system: You are a helpful assistant.
user:
Analyze the provided spectrum to determine if it is a **White Dwarf (WD)**.

A White Dwarf spectrum is defined by its **extreme purity** (due to gravitational settling) and/or **extreme pressure broadening** (due to high surface gravity). You must check for one of the following mutually exclusive signatures:

- **Key Visual Indicators (Check for ONE of these types):**

    - **1. DA-Type Signature (Most Common):**
        - **(Primary Feature):** Extreme pressure broadening (Stark broadening) of the **Hydrogen (H) Balmer lines**.
        - **(Key Lines):** $H\beta$ (approx. $4861$ Å) and $H\gamma$ (approx. $4340$ Å). $H\alpha$ (approx. $6563$ Å) will also be present if the wavelength range covers it.
        - **(Line Profile):** This is the **defining feature**. The lines are **NOT** sharp. They appear as massive, **extremely broad and deep "troughs" or "dips"** in the spectrum, often hundreds of Ångströms wide. The continuum will appear to "scoop" down at these wavelengths.
        - **(Distinction):** Normal A-type or B-type stars have *narrow* and *sharp* Hydrogen lines. A DA White Dwarf's lines are unmistakably "smeared" or "blurry" from pressure.

    - **2. DB-Type Signature:**
        - **(Primary Feature):** Broad absorption lines from **Neutral Helium (He I)**. The spectrum must lack any visible Hydrogen lines.
        - **(Key Lines):** Look for broad absorption near $4471$ Å, $4921$ Å, and $5876$ Å.
        - **(Line Profile):** These lines are also significantly pressure-broadened, appearing much wider than they would in a normal B-type main-sequence star.

    - **3. DC-Type Signature:**
        - **(Primary Feature):** A **featureless continuous spectrum**.
        - **(Line Profile):** The spectrum is a smooth curve with **no significant absorption or emission lines**.
        - **(Key Confirmation):** The continuum is almost always **blue or white**, indicating a hot object. This signature implies the atmosphere is so pure (or so cool) that no spectral lines are visible in the optical range. Its WD identity is confirmed by its extremely low intrinsic brightness (high absolute magnitude).

    - **4. DZ-Type Signature (Metal-Polluted):**
        - **(Primary Feature):** **Isolated, narrow metal absorption lines** on an otherwise featureless (DC-like) continuum.
        - **(Key Lines):** The **Calcium (Ca II) H & K doublet** (approx. **$3934$ Å** and **$3968$ Å**) is the most common and defining feature.
        - **(Line Profile):** These lines are "out of place." They are *not* part of a "forest" of thousands of lines. This signature is evidence of recent *accretion* (pollution) from rocky debris.
        - **(Distinction):** Normal G/K/M stars have a *dense forest* of thousands of metal lines. A DZ has a *clean* continuum with *only a few* strong metal lines.

    - **5. DQ-Type Signature (Carbon-Polluted):**
        - **(Primary Feature):** Absorption bands from **Carbon (C₂ "Swan Bands" or atomic C I)**.
        - **(Key Lines - C₂):** Look for bandheads with a "saw-tooth" shape near $5635$ Å, **$5165$ Å** (strongest), and $4737$ Å.
        - **(Key Confirmation):** The underlying **continuum must be blue or white** (hot).
        - **(Distinction):** This is the critical difference from a **Carbon Star**, which has the *exact same* C₂ bands but on an extremely **red, cool** continuum.

- **(Overall Spectrum):**
    - The continuum (overall shape) is typically **blue-sloping** (brighter in the blue than the red), as most white dwarfs are very hot.
    - The spectrum will look "pure" or "simple," dominated by only *one* of the five signatures listed above.

Think first, call **spectral_visualization_tool** if needed to examine features in detail, then provide your final answer. Your response must adhere to the following strict rules:
1.  **Overall Structure:** Your response must follow the format `<think>...</think> <tool_call>...</tool_call> (if a tool is used) <answer>...</answer>`.
2.  **Tool Usage Constraint:** You may only make **one** tool call per turn.
3.  **Final Answer Format:** In the `<answer>` tag, your conclusion must be inside a `\boxed{}` command (e.g., `\boxed{YES}` or `\boxed{NO}`), followed by your justification.

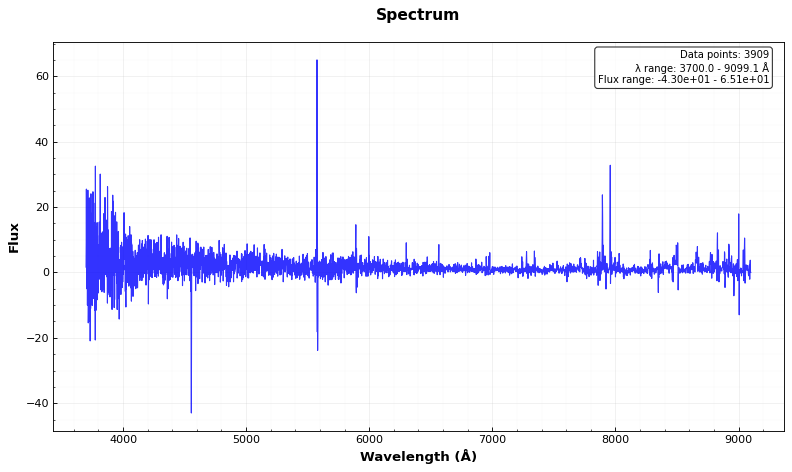
Answer: YES